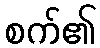
စက်၏